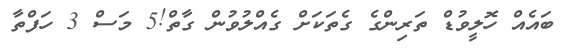
ބައެއް ހޮލީވުޑް ތަރިންގެ ގެތަކަށް ގެއްލުވުން ގާތް!5 މަސް 3 ހަފްތާ